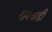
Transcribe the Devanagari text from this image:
रामवाडी